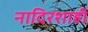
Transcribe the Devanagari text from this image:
नादिरशाही